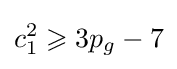
c_{1}^{2}\geqslant 3p_{g}-7